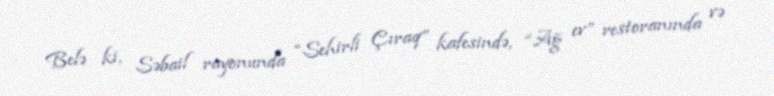
Belə ki, Səbail rayonunda “Sehirli Çıraq” kafesində, “Ağ ev” restoranında və